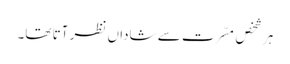
ہر شخص مسّرت سے شاداں نظر آتا تھا۔